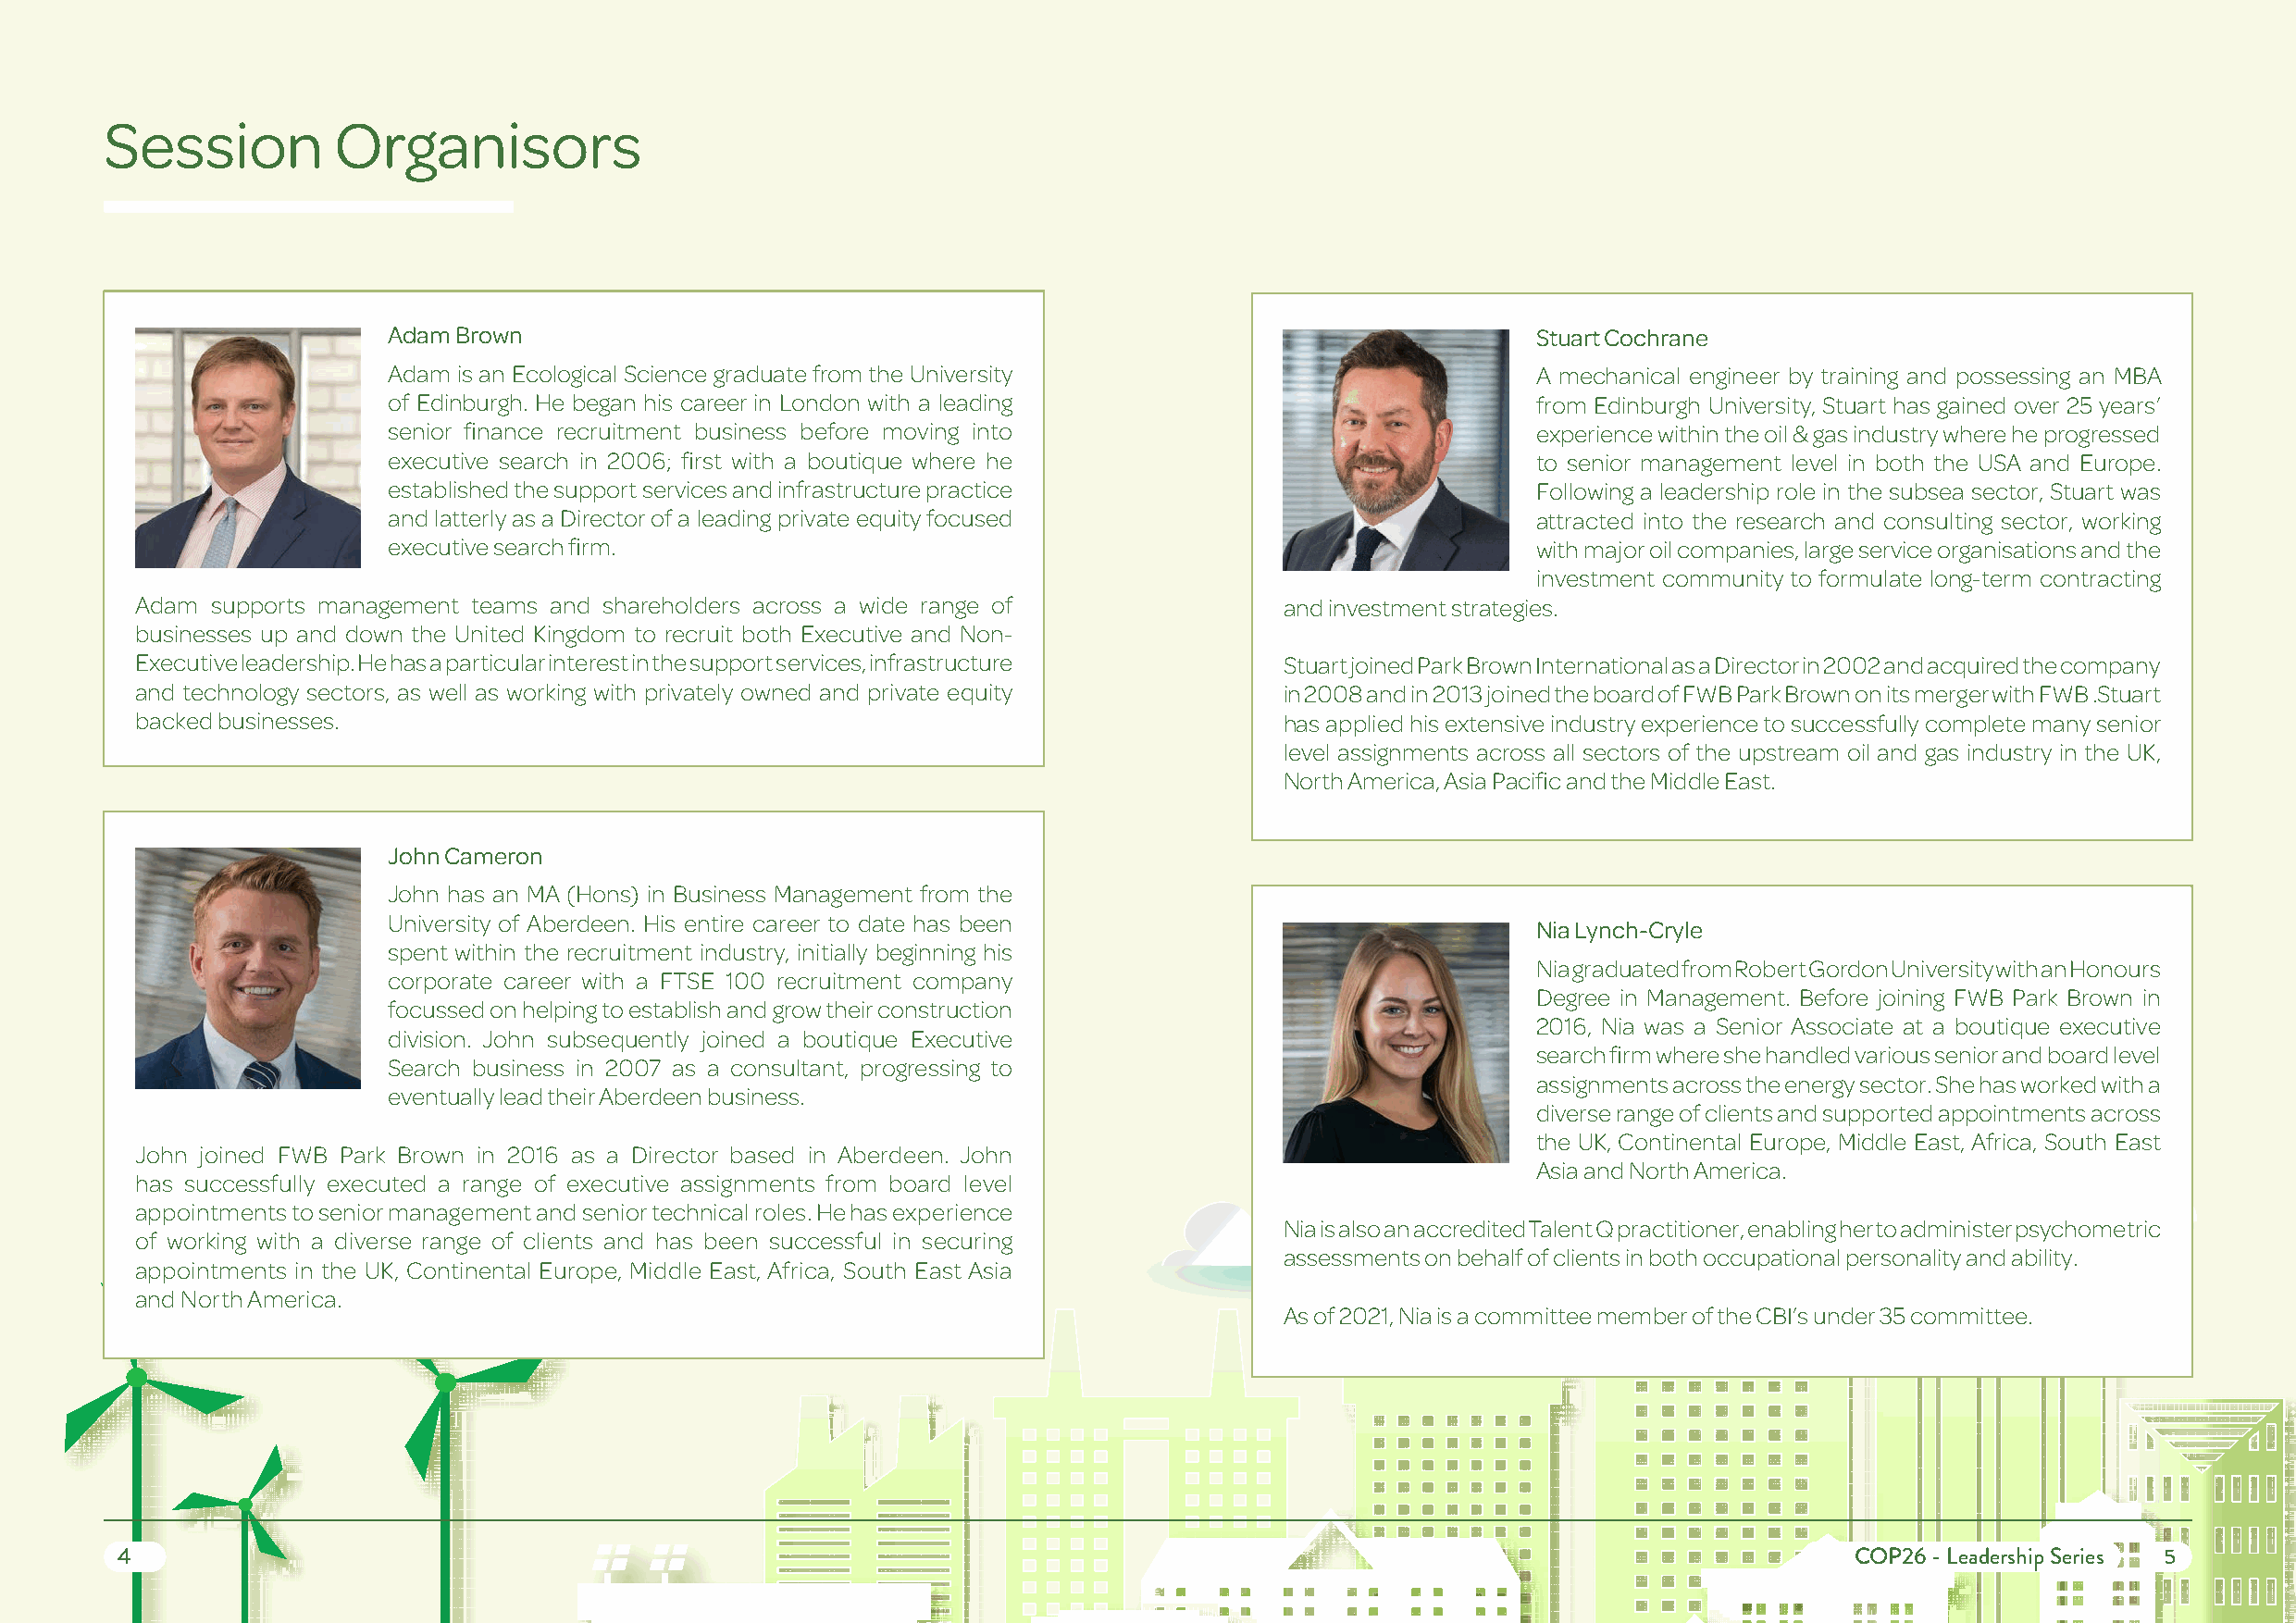
Session          Organisors
 Adam Brown                                                                        Stuart Cochrane
 Adam is an Ecological Science graduate from the University                        A mechanical engineer by training and possessing an MBA
 of Edinburgh. He began his career in London with a leading                        from Edinburgh University, Stuart has gained over 25 years’
 senior finance recruitment business before moving into                            experience within the oil & gas industry where he progressed
 executive search in 2006; first with a boutique where he                          to senior management level in both the USA and Europe.
 established the support services and infrastructure practice                      Following a leadership role in the subsea sector, Stuart was
 and latterly as a Director of a leading private equity focused                    attracted into the research and consulting sector, working
 executive search firm.                                                            with major oil companies, large service organisations and the
 investment community to formulate long-term contracting
 Adam supports management teams and shareholders across a wide range of            and investment strategies.
 businesses up and down the United Kingdom to recruit both Executive and Non-
 Executive leadership. He has a particular interest in the support services, infrastructure Stuart joined Park Brown International as a Director in 2002 and acquired the company
 and technology sectors, as well as working with privately owned and private equity in 2008 and in 2013 joined the board of FWB Park Brown on its merger with FWB .Stuart
 backed businesses.                                                                has applied his extensive industry experience to successfully complete many senior
 level assignments across all sectors of the upstream oil and gas industry in the UK,
 North America, Asia Pacific and the Middle East.
 John Cameron
 John has an MA (Hons) in Business Management from the
 University of Aberdeen. His entire career to date has been
 Nia Lynch-Cryle
 spent within the recruitment industry, initially beginning his
 Nia graduated from Robert Gordon University with an Honours
 corporate career with a FTSE 100 recruitment company
 Degree in Management. Before joining FWB Park Brown in
 focussed on helping to establish and grow their construction
 2016, Nia was a Senior Associate at a boutique executive
 division. John subsequently joined a boutique Executive
 search firm where she handled various senior and board level
 Search business in 2007 as a consultant, progressing to
 assignments across the energy sector. She has worked with a
 eventually lead their Aberdeen business.
 diverse range of clients and supported appointments across
 the UK, Continental Europe, Middle East, Africa, South East
 John joined FWB Park Brown in 2016 as a Director based in Aberdeen. John
 Asia and North America.
 has successfully executed a range of executive assignments from board level
 appointments to senior management and senior technical roles. He has experience
 Nia is also an accredited Talent Q practitioner, enabling her to administer psychometric
 of working with a diverse range of clients and has been successful in securing
 assessments on behalf of clients in both occupational personality and ability.
 appointments in the UK, Continental Europe, Middle East, Africa, South East Asia
 and North America.
 As of 2021, Nia is a committee member of the CBI’s under 35 committee.
 4                                                                                                                            COP26 - Leadership Series 5